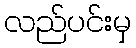
လည်ပင်းမှ